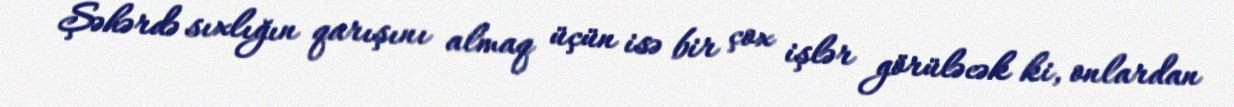
Şəhərdə sıxlığın qarışını almaq üçün isə bir çox işlər görüləcək ki, onlardan